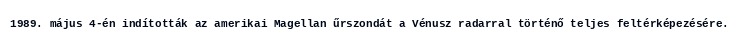
1989. május 4-én indították az amerikai Magellan űrszondát a Vénusz radarral történő teljes feltérképezésére.